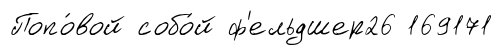
Попо́вой собо́й ф'ельдшер26 169171